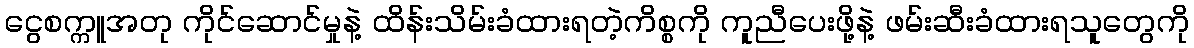
ငွေစက္ကူအတု ကိုင်ဆောင်မှုနဲ့ ထိန်းသိမ်းခံထားရတဲ့ကိစ္စကို ကူညီပေးဖို့နဲ့ ဖမ်းဆီးခံထားရသူတွေကို